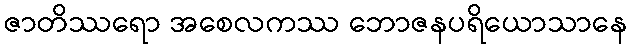
ဇာတိဿရော အစေလကဿ ဘောဇနပရိယောသာနေ